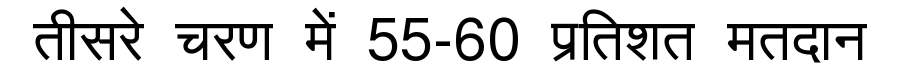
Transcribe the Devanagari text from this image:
तीसरे चरण में 55-60 प्रतिशत मतदान